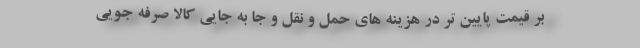
بر قیمت پایین تر در هزینه های حمل و نقل و جا به جایی کالا صرفه جویی